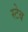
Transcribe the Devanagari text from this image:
स्टेब